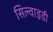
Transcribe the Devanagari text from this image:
सिल्वाइडी